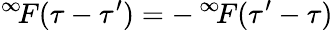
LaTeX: ^{\infty}\! F(\tau-\tau^{\prime})=-\, ^{\infty}\! F(\tau^{\prime}-\tau)